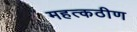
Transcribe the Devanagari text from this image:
महत्कठीण